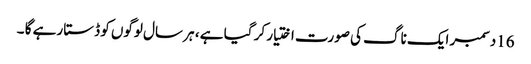
16دسمبر ایک ناگ کی صورت اختیار کر گیا ہے ، ہر سال لوگوں کو ڈستا رہے گا ۔